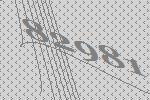
82981